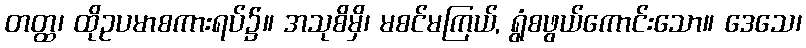
တတ္ထ၊ ထိုဥပမာစကားရပ်၌။ အသုစိမှိ၊ မစင်မကြယ်, ရွံစဖွယ်ကောင်းသော။ ဒေသေ၊